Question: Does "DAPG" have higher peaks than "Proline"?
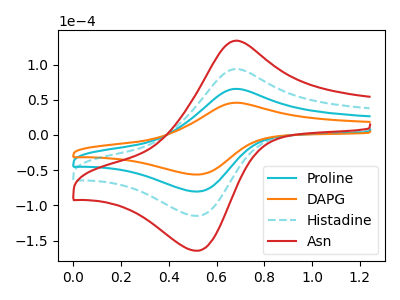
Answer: <think>The cyan curve "Proline" has an anodic peak at (0.70V, 65.50uA) and a cathodic peak at (0.50V, -80.40uA). The orange curve "DAPG" has an anodic peak at (0.70V, 45.80uA) and a cathodic peak at (0.50V, -56.25uA). The cyan dashed curve "Histadine" has an anodic peak at (0.70V, 131.00uA) and a cathodic peak at (0.50V, -160.80uA). The red curve "Asn" has an anodic peak at (0.70V, 196.50uA) and a cathodic peak at (0.50V, -241.20uA).</think>
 <answer>Every peak in "DAPG" is lower than every peak in "Proline".</answer>
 <eval>lower</eval>